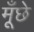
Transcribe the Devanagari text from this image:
मूँछे